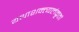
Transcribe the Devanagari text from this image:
यथाशक्त्यलंकृतां